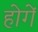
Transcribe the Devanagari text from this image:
होगेंं